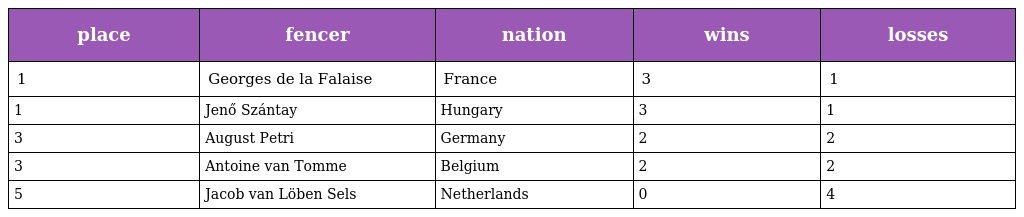
| place | fencer | nation | wins | losses |
 | --- | --- | --- | --- | --- |
 | 1 | Georges de la Falaise | France | 3 | 1 |
 | 1 | Jenő Szántay | Hungary | 3 | 1 |
 | 3 | August Petri | Germany | 2 | 2 |
 | 3 | Antoine van Tomme | Belgium | 2 | 2 |
 | 5 | Jacob van Löben Sels | Netherlands | 0 | 4 |